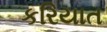
કરિયાત